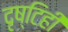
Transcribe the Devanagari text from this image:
दृष्टिही